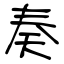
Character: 奏